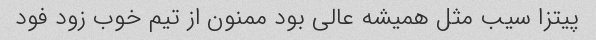
پیتزا سیب مثل همیشه عالی بود ممنون از تیم خوب زود فود